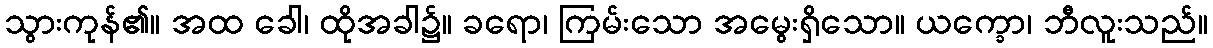
သွားကုန်၏။ အထ ခေါ၊ ထိုအခါ၌။ ခရော၊ ကြမ်းသော အမွေးရှိသော။ ယက္ခော၊ ဘီလူးသည်။